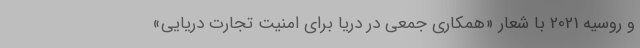
و روسیه 2021 با شعار «همکاری جمعی در دریا برای امنیت تجارت دریایی»